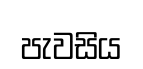
පැවසිය